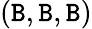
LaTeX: (\mathtt{B},\mathtt{B},\mathtt{B})